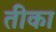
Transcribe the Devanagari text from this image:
तीका